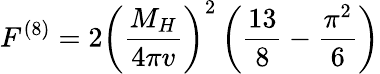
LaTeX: F^{(8)}=2{\left(\frac{M_{H}}{4\pi v}\right)}^{2}\left(\frac{13}{8}-\frac{\pi^{2}}{6}\right)